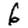
Digit: 6